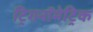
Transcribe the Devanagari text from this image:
ट्रिगनॉमेट्रिक